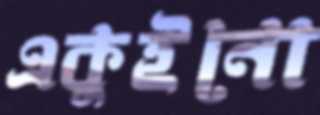
একুইনো